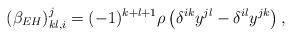
LaTeX: \begin{align*}\left( \beta _{EH}\right) _{kl,i}^{j}=(-1)^{k+l+1}\rho \left( \delta ^{ik}y^{jl}-\delta ^{il}y^{jk}\right) ,\end{align*}